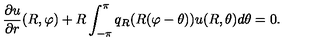
{ \frac { \partial u } { \partial r } } ( R , \varphi ) + R \int _ { - \pi } ^ { \pi } q _ { R } ( R ( \varphi - \theta ) ) u ( R , \theta ) d \theta = 0 .